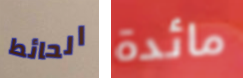
الحائط مائدة